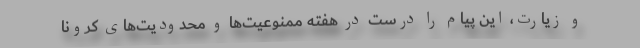
و زیارت، این پیام را درست در هفته ممنوعیت‌ها و محدودیت‌های کرونا